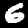
Digit: 6